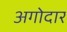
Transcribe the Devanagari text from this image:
अगोदार